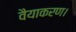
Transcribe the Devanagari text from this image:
वैयाकरण।